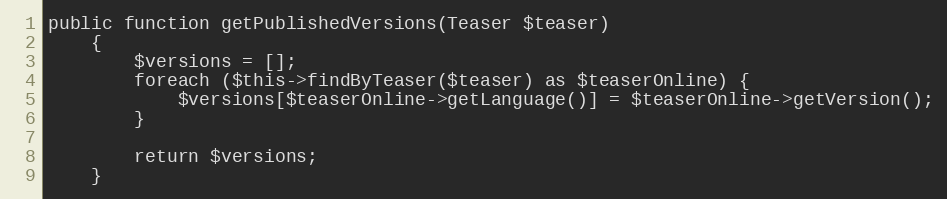
Language: PHP
public function getPublishedVersions(Teaser $teaser)
    {
        $versions = [];
        foreach ($this->findByTeaser($teaser) as $teaserOnline) {
            $versions[$teaserOnline->getLanguage()] = $teaserOnline->getVersion();
        }

        return $versions;
    }